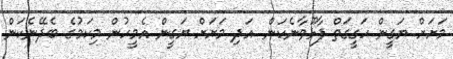
މަށަށް ޔަގީން ހަގީގަތް ފާޅޫވާނެކަން. އަދި މަށަށް ޔަގީން އެމީހުން މިކަމުގެ ބެދޭނެކަން